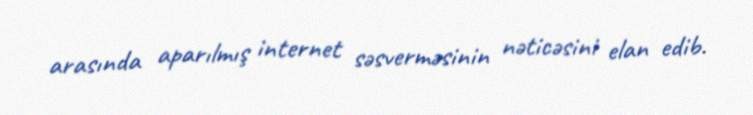
arasında aparılmış internet səsverməsinin nəticəsini elan edib.